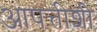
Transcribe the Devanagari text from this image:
आपत्तीशी